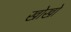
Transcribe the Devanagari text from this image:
खोखाे